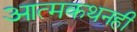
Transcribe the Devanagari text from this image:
आत्मकथनही